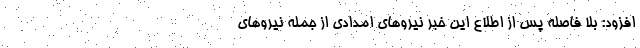
افزود: بلا فاصله پس از اطلاع این خبر نیروهای امدادی از جمله نیروهای